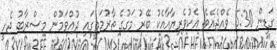
ގަޑިން 5:30 ވެއްޖެއެވެ. އެކުވެރިޔާއާއެކު ބޭރު މަގުގެ ތާރުމަތީގައި ދުއްވަމުން މިސްރާބު ޖެހީ